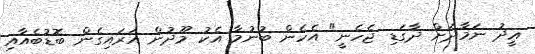
ޢީދު ނަމާދަށް ދާގަޑި ޖެހެނީ" އެހެން ބުނުމާ އެކު މޫދުން އަރައިގެން ބޮޑުބެއާއި